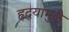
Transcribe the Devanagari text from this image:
हृदयामुळे